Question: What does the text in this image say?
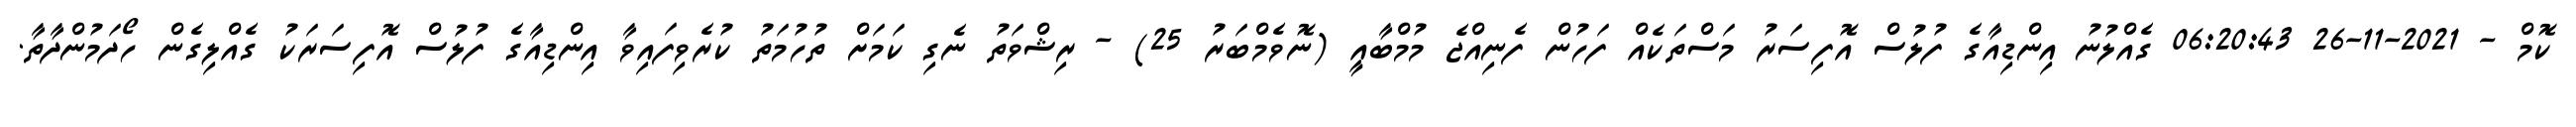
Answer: ކޮމް - 2021-11-26 06:20:43 ގެއްލުނު އިންޑިއާގެ ފުލުސް އޮފިސަރު މަސްތަކެއް ފަހުން ފެނިއްޖެ މުމްބާއީ (ނޮވެމްބަރު 25) - ރިޝްވަތު ނެގި ކަމަށް ތުހުމަތު ކުރެވިފައިވާ އިންޑިއާގެ ފުލުސް އޮފިސަރަކު ގެއްލިގެން ހޯދަމުންދާތާ.